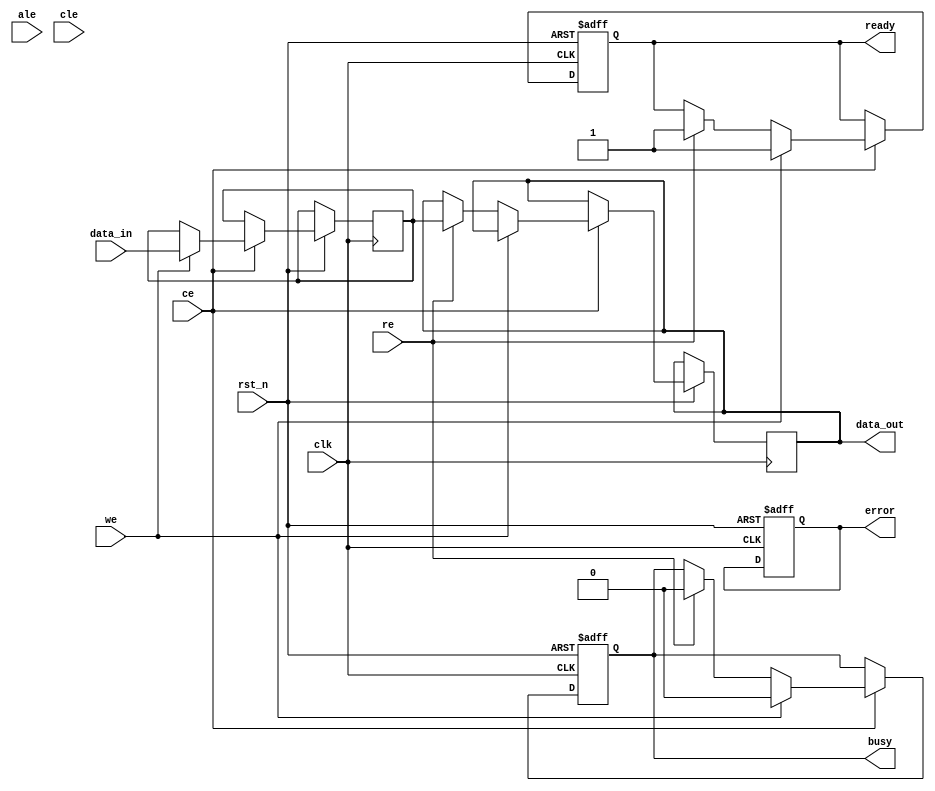
module nand_flash_io_block (
    input wire clk,               // System clock
    input wire rst_n,             // Active low reset
    input wire [7:0] data_in,     // Data input from external system
    output reg [7:0] data_out,     // Data output to external system
    input wire we,                // Write enable
    input wire re,                // Read enable
    input wire ce,                // Chip enable
    input wire ale,               // Address latch enable
    input wire cle,               // Command latch enable
    output reg busy,              // Busy status
    output reg error,             // Error status
    output reg ready              // Ready status
);

    // Internal signals
    reg [7:0] data_buffer;        // Data buffer for read/write operations
    reg [3:0] command;            // Command register
    reg [7:0] status_reg;         // Status register

    // Command Decoder
    always @(posedge clk or negedge rst_n) begin
        if (!rst_n) begin
            command <= 4'b0000;
        end else if (cle) begin
            command <= data_in[3:0]; // Assume command is in lower 4 bits
        end
    end

    // Control Signal Management
    always @(posedge clk or negedge rst_n) begin
        if (!rst_n) begin
            busy <= 1'b0;
            error <= 1'b0;
            ready <= 1'b1;
        end else begin
            if (ce) begin
                if (we) begin
                    busy <= 1'b1;
                    ready <= 1'b0;
                    data_buffer <= data_in; // Latch data for write
                    // Simulate write operation
                    #10 busy <= 1'b0; ready <= 1'b1; // Simulate write delay
                end else if (re) begin
                    busy <= 1'b1;
                    ready <= 1'b0;
                    // Simulate read operation
                    #10 begin
                        data_out <= data_buffer; // Output the buffered data
                        busy <= 1'b0; ready <= 1'b1; // Simulate read delay
                    end
                end
            end
        end
    end

    // Status Register
    always @(posedge clk or negedge rst_n) begin
        if (!rst_n) begin
            status_reg <= 8'b00000000;
        end else begin
            status_reg[0] <= busy; // Busy status
            status_reg[1] <= error; // Error status
            status_reg[2] <= ready; // Ready status
        end
    end

    // Error Detection and Correction (ECC) Placeholder
    // Implement ECC logic as needed

endmodule